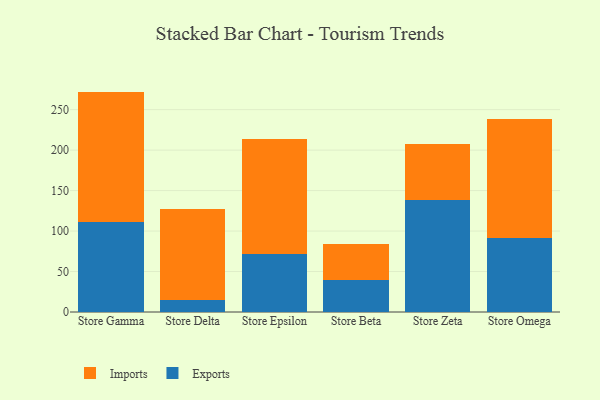
{"axis": {"x": "Store", "y": "Tickets Resolved"}, "legend": ["Exports", "Imports"], "data": [{"x": "Store Gamma", "y": 111.7, "type": "Exports"}, {"x": "Store Gamma", "y": 160.6, "type": "Imports"}, {"x": "Store Delta", "y": 15.4, "type": "Exports"}, {"x": "Store Delta", "y": 112.2, "type": "Imports"}, {"x": "Store Epsilon", "y": 71.5, "type": "Exports"}, {"x": "Store Epsilon", "y": 142.0, "type": "Imports"}, {"x": "Store Beta", "y": 39.9, "type": "Exports"}, {"x": "Store Beta", "y": 43.6, "type": "Imports"}, {"x": "Store Zeta", "y": 138.4, "type": "Exports"}, {"x": "Store Zeta", "y": 68.8, "type": "Imports"}, {"x": "Store Omega", "y": 91.4, "type": "Exports"}, {"x": "Store Omega", "y": 147.3, "type": "Imports"}]}